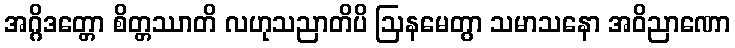
အဂ္ဂိဒတ္တော စိတ္တဿာတိ လဟုသညာတိပိ ဩနမေတွာ သမာသနော အဝိညာဏော